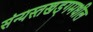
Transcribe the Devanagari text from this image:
संन्यस्तखड्गमधील